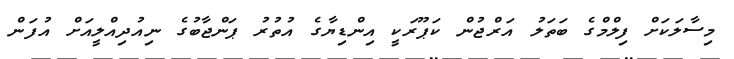
މިސާލަކަށް ފިލްމްގެ ބަތަލު އަރްޖުން ކަޕޫރަކީ އިންޑިޔާގެ އުތުރު ޕަންޖާބުގެ ނިއުދިއްލީއަށް އުފަން